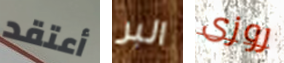
أعتقد البر روزى